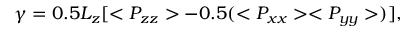
\gamma = 0 . 5 L _ { z } [ < P _ { z z } > - 0 . 5 ( < P _ { x x } > < P _ { y y } > ) ] ,